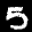
Label: 5